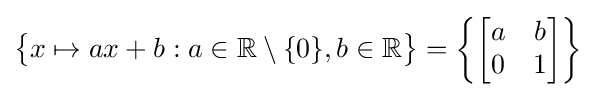
{\big \{}x\mapsto ax+b:a\in \mathbb {R} \setminus \{0\},b\in \mathbb {R} {\big \}}=\left\{{\begin{bmatrix}a&b\\0&1\end{bmatrix}}\right\}